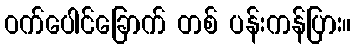
ဝက်ပေါင်ခြောက် တစ် ပန်းကန်ပြား။